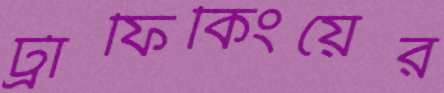
ট্রাফিকিংয়ের